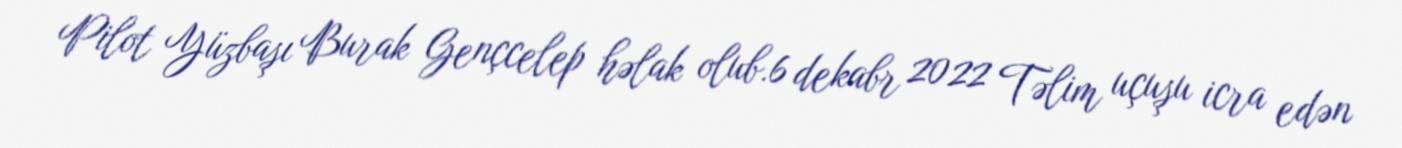
Pilot Yüzbaşı Burak Gençcelep həlak olub.6 dekabr 2022 Təlim uçuşu icra edən